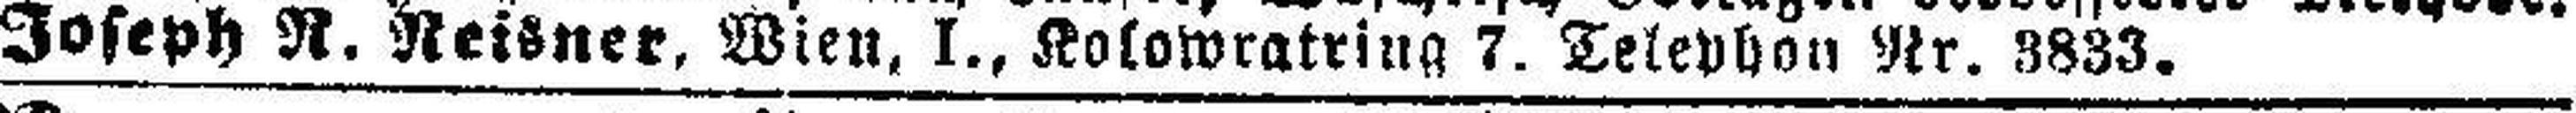
Joseph R. Reisner, Wien, I., Kalowratring 7. Telephon Nr. 3833.